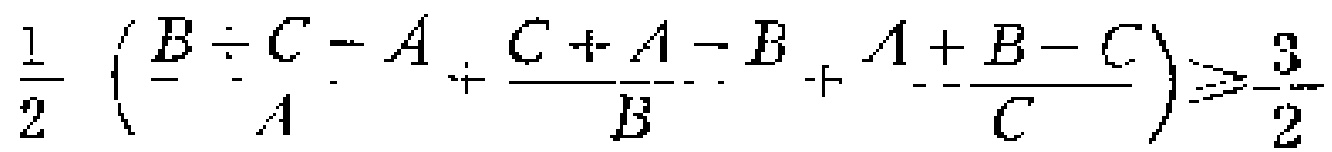
\frac{1}{2}\left(\frac{B + C - A}{A}+\frac{C + A - B}{B}+\frac{A + B - C}{C}\right)\geqslant\frac{3}{2}